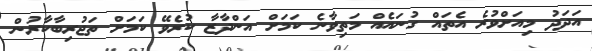
އަދަދު މިއަށްވުރެ އެތައް ގުނައެއް މަތިވާނެ ކަމަށް އަންދާޒާ ކުރެވޭ ކަމަށް ތަޖުރިބާކާރުން